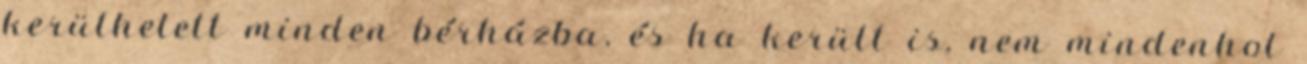
kerülhetett minden bérházba, és ha került is, nem mindenhol